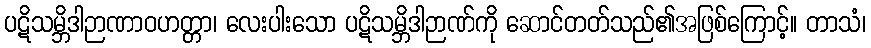
ပဋိသမ္ဘိဒါဉာဏာဝဟတ္တာ၊ လေးပါးသော ပဋိသမ္ဘိဒါဉာဏ်ကို ဆောင်တတ်သည်၏အဖြစ်ကြောင့်။ တာသံ၊